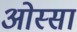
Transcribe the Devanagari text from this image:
ओस्सा